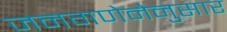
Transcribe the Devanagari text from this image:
जनगणेनेनुसार